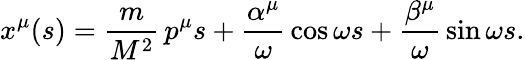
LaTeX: x^{\mu}(s)=\frac{m}{M^{2}}\, p^{\mu}s+\frac{\alpha^{\mu}}{\omega}\, \cos\omega s+\frac{\beta^{\mu}}{\omega}\, \sin\omega s.